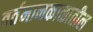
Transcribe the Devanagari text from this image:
वर्तमानकाळातील